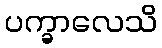
ပက္ခာလေသိ